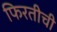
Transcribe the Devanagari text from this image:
फिरतीची